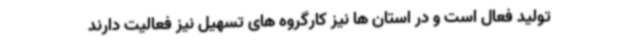
تولید فعال است و در استان ها نیز کارگروه های تسهیل نیز فعالیت دارند